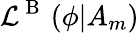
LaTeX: \mathcal{L}^{\mathrm{~B~}}\left(\phi|A_{m}\right)